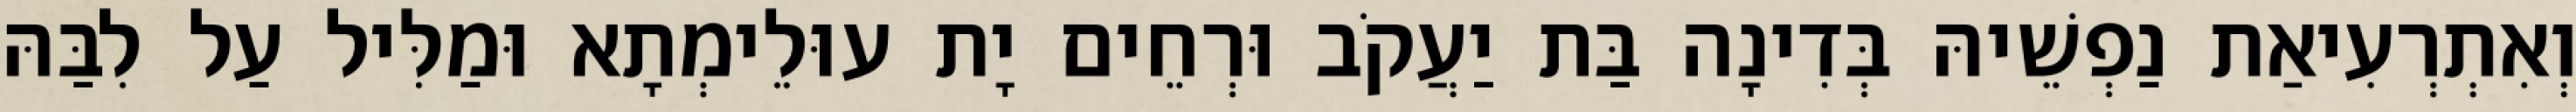
וְאִתְרְעִיאַת נַפְשֵׁיהּ בְּדִינָה בַּת יַעֲקֹב וּרְחֵים יָת עוּלֵימְתָא וּמַלִּיל עַל לִבַּהּ